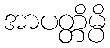
အာပတ္တိမ္ပိ